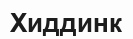
Хиддинк